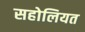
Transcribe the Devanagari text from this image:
सहोलियत